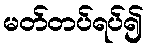
မတ်တပ်ရပ်၍